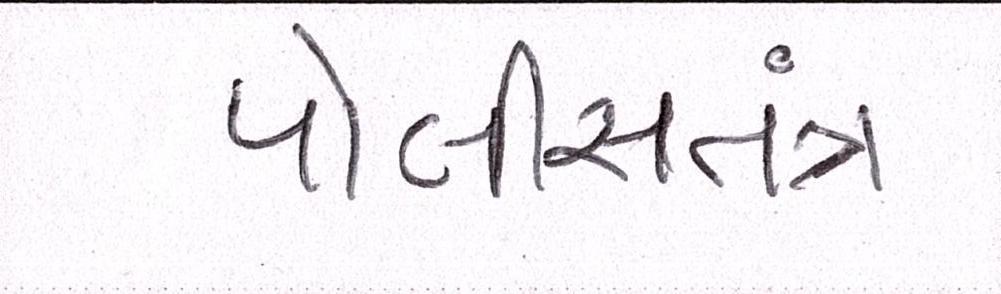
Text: પોલીસતત્રં